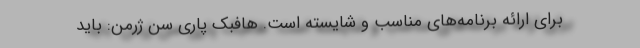
برای ارائه برنامه‌های مناسب و شایسته است. هافبک پاری سن ژرمن: باید